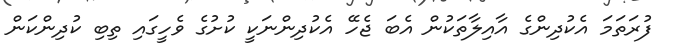
ފުރަތަމަ އެކުދިންގެ އާއިލާތަކުން އެބަ ޖެހޭ އެކުދިންނަކީ ކުށުގެ ވެހީގައި ތިބި ކުދިންކަން